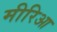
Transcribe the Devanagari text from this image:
मीरिआ